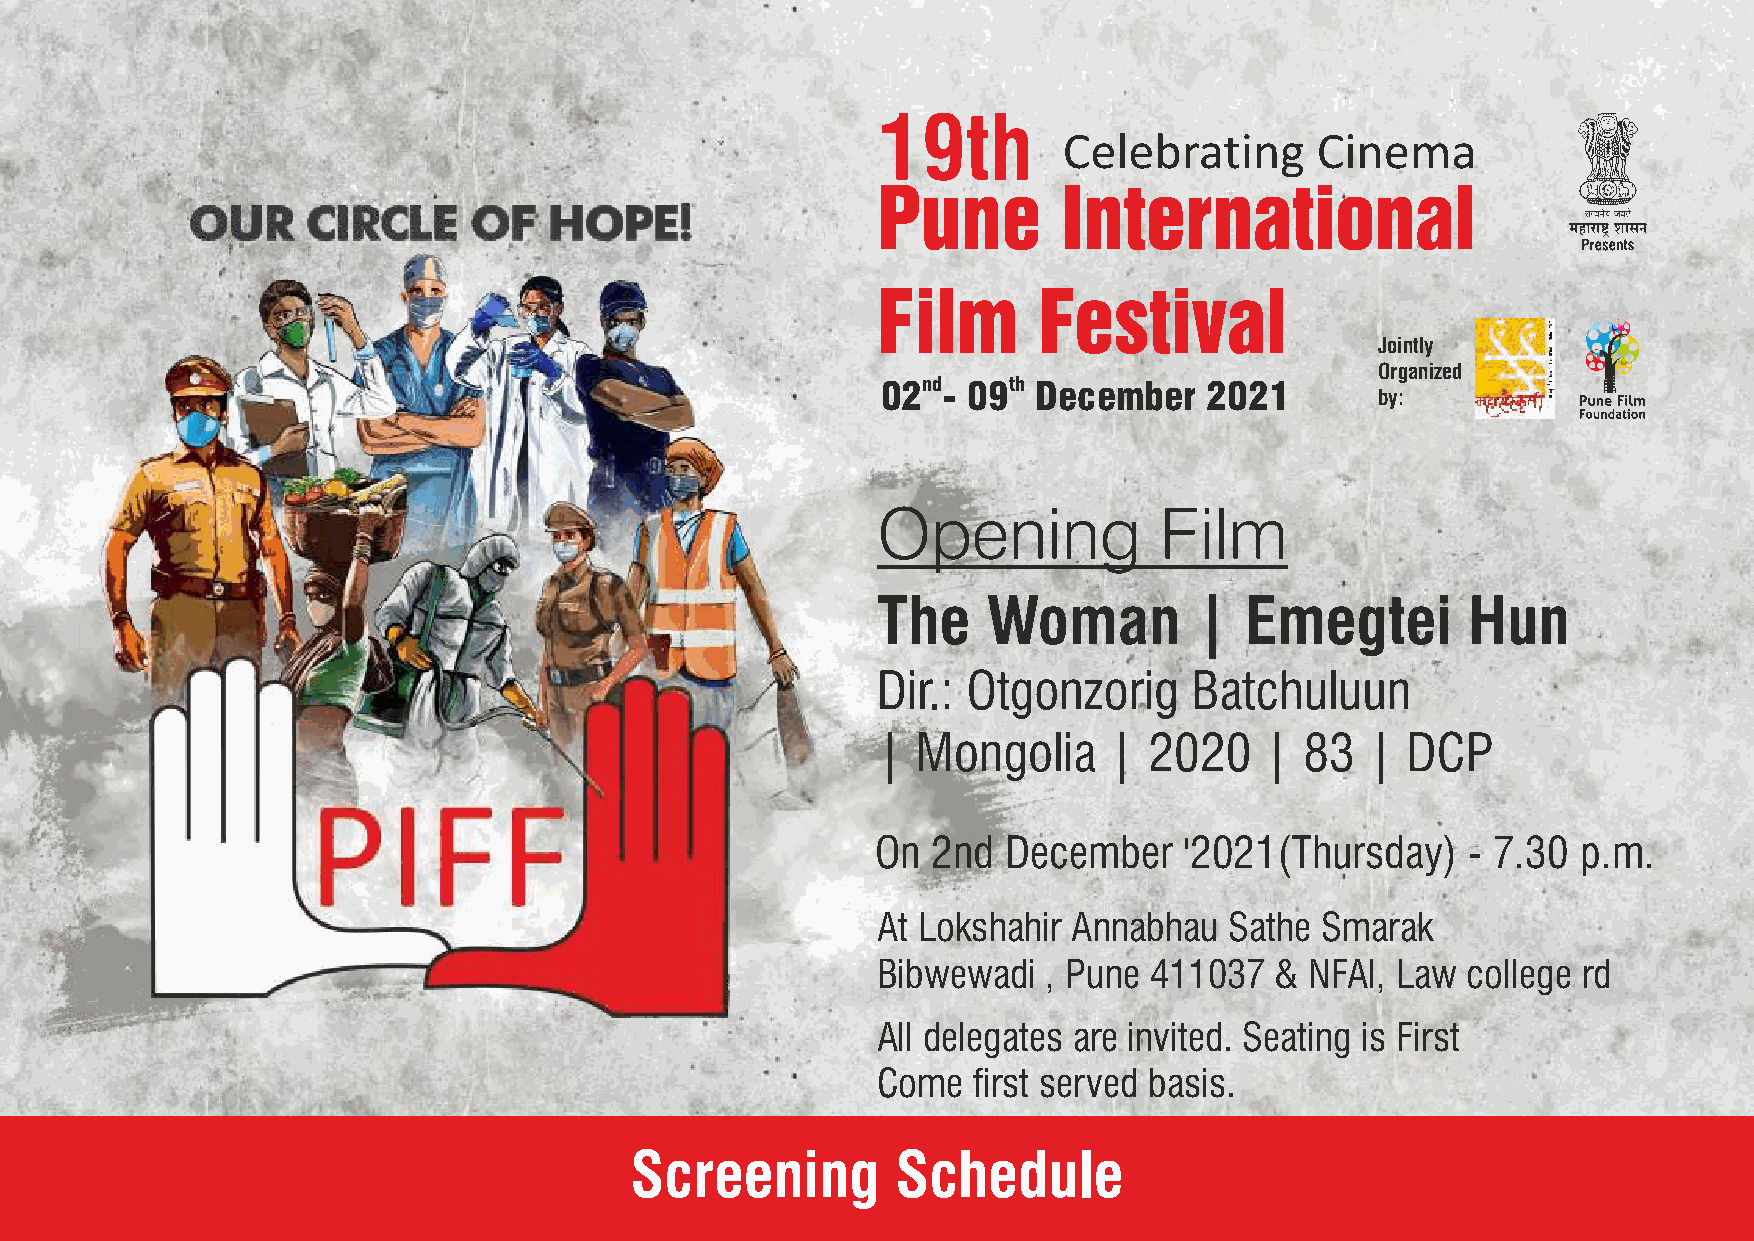
19th
 Jointly
 Organized
 02nd- 09th December   2021
 by:
 Opening            Film
 The    Woman         |  Emegtei        Hun
 Dir.: Otgonzorig     Batchuluun
 |  Mongolia    |  2020    | 83   | DCP
 On  2nd  December   '2021(Thursday)    - 7.30  p.m.
 At Lokshahir Annabhau  Sathe Smarak
 Bibwewadi  , Pune 411037  &  NFAI, Law college rd
 All delegates are invited. Seating is First
 Come  first served basis.
 Screening        Schedule